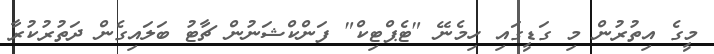
މީގެ އިތުރުން މި ގަޑީގައި ހިމެނޭ "ޓެޕްޓިކް" ފަންކްޝަނުން ޗާޓު ބަލައިގެން ދަތުރުކުރާ